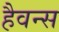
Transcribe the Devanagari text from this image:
हैवन्स